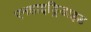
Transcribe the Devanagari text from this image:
एनहाइड्रिडाइड